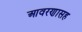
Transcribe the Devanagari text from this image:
आवरणासह